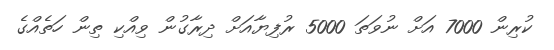
ކުރިން 7000 އަށް ނުވަތަ 5000 ރުފިޔާއަށް ދިރާގުން ވިއްކި ތިން ހަތެއްގެ